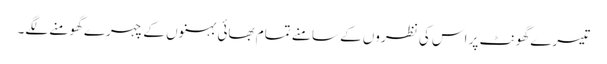
تیسرے گھونٹ پر اس کی نظروں کے سامنے تمام بھائی بہنوں کے چہرے گھومنے لگے۔